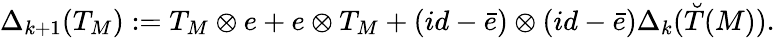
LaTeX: \Delta_{k+1}(T_{M}):=T_{M}\otimes e+e\otimes T_{M}+(id-\bar{e})\otimes(id-\bar{e})\Delta_{k}(\breve{T}(M)).